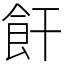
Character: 飦